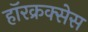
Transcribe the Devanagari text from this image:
हॉरक्रक्सेस